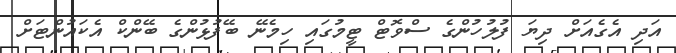
އަދި އެގެއަށް ދިޔަ ފުލުހުންގެ ސްވޮޓް ޓީމުގައި ހިމެނޭ ބޭފުޅުންގެ ބޭންކް އެކައުންޓަށް